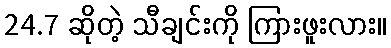
24.7 ဆိုတဲ့ သီချင်းကို ကြားဖူးလား။